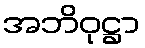
အဘိဝုဋ္ဌာ